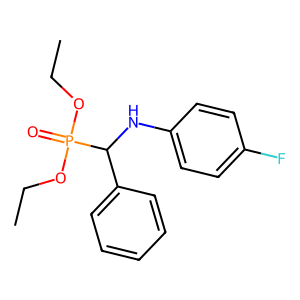
SMILES: CCOP(=O)(OCC)C(Nc1ccc(F)cc1)c1ccccc1
Inhibits HIV replication: No